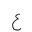
Letter: _ayn